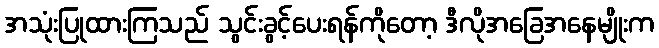
အသုံးပြုထားကြသည် သွင်းခွင့်ပေးရန်ကိုတော့ ဒီလိုအခြေအနေမျိုးက